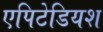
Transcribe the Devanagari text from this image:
एपिटेडियश